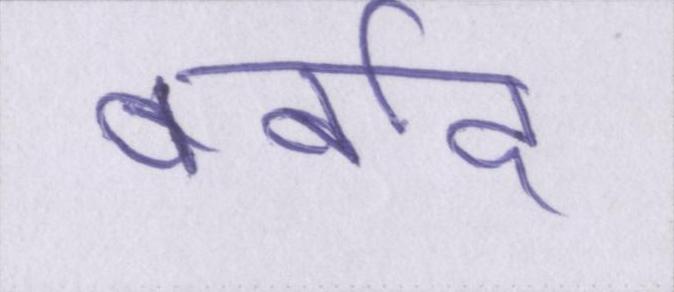
बर्बाद